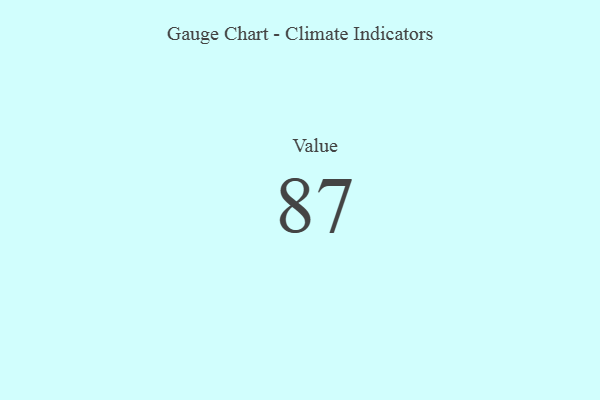
{"axis": {"x": "Metric", "y": "Value"}, "legend": [""], "data": [{"x": "Value", "y": 87, "type": ""}]}